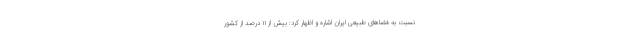
نسبت به فضاهای طبیعی ایران اشاره و اظهار کرد: بیش از ۱۱ درصد از کشور